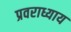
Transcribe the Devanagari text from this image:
प्रवराध्याय